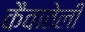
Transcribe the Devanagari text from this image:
कैवातेली